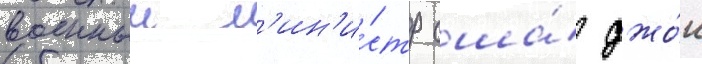
военныи м'ин'и́стр сша́ джо́н